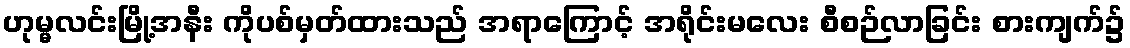
ဟုမ္မလင်းမြို့အနီး ကိုပစ်မှတ်ထားသည် အရာကြောင့် အရိုင်းမလေး စီစဉ်လာခြင်း စားကျက်၌